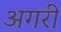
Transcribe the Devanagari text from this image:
अगरी